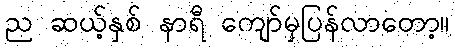
ည ဆယ့်နှစ် နာရီ ကျော်မှပြန်လာတော့။